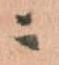
ニ